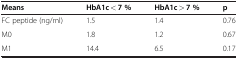
<table><thead><tr><td><b>Means</b></td><td><b>HbA1c &lt; 7 %</b></td><td><b>HbA1c &gt; 7 %</b></td><td><b>p</b></td></tr></thead><tbody><tr><td>FC peptide (ng/ml)</td><td>1.5</td><td>1.4</td><td>0.76</td></tr><tr><td>M0</td><td>1.8</td><td>1.2</td><td>0.67</td></tr><tr><td>M1</td><td>14.4</td><td>6.5</td><td>0.17</td></tr></tbody></table>